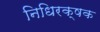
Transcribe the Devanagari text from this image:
निधिरक्षक